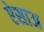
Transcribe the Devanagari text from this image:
ऐसाअ